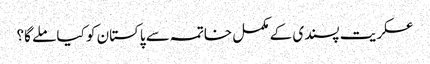
عسکریت پسندی کے مکمل خاتمہ سے پاکستان کو کیا ملے گا؟